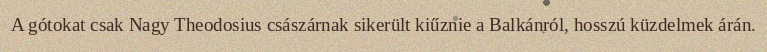
A gótokat csak Nagy Theodosius császárnak sikerült kiűznie a Balkánról, hosszú küzdelmek árán.